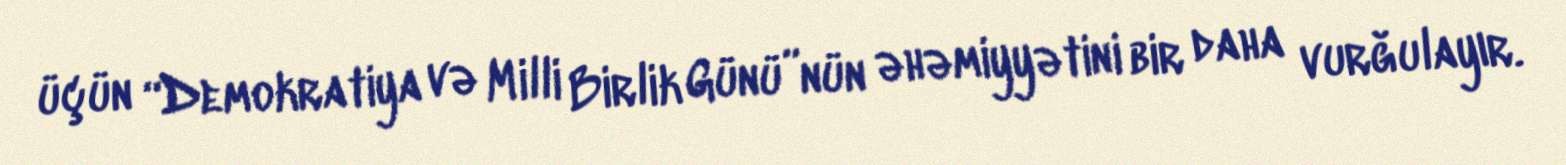
üçün “Demokratiya və Milli Birlik Günü”nün əhəmiyyətini bir daha vurğulayır.